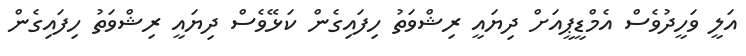
އަލީ ވަހީދުވެސް އެމްޑީޕީއަށް ދިޔައީ ރިޝްވަތު ހިފައިގެން ކަޅޭވެސް ދިޔައީ ރިޝްވަތު ހިފައިގެން